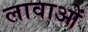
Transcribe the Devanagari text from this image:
लावाओं